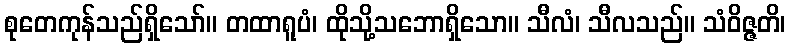
စုတေကုန်သည်ရှိသော်။ တထာရူပံ၊ ထိုသို့သဘောရှိသော။ သီလံ၊ သီလသည်။ သံဝိဇ္ဇတိ၊